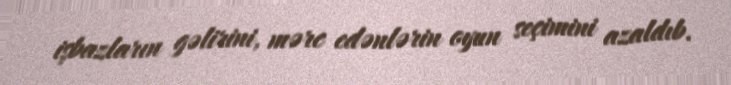
işbazların gəlirini, mərc edənlərin oyun seçimini azaldıb.